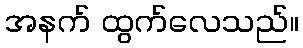
အနက် ထွက်လေသည်။